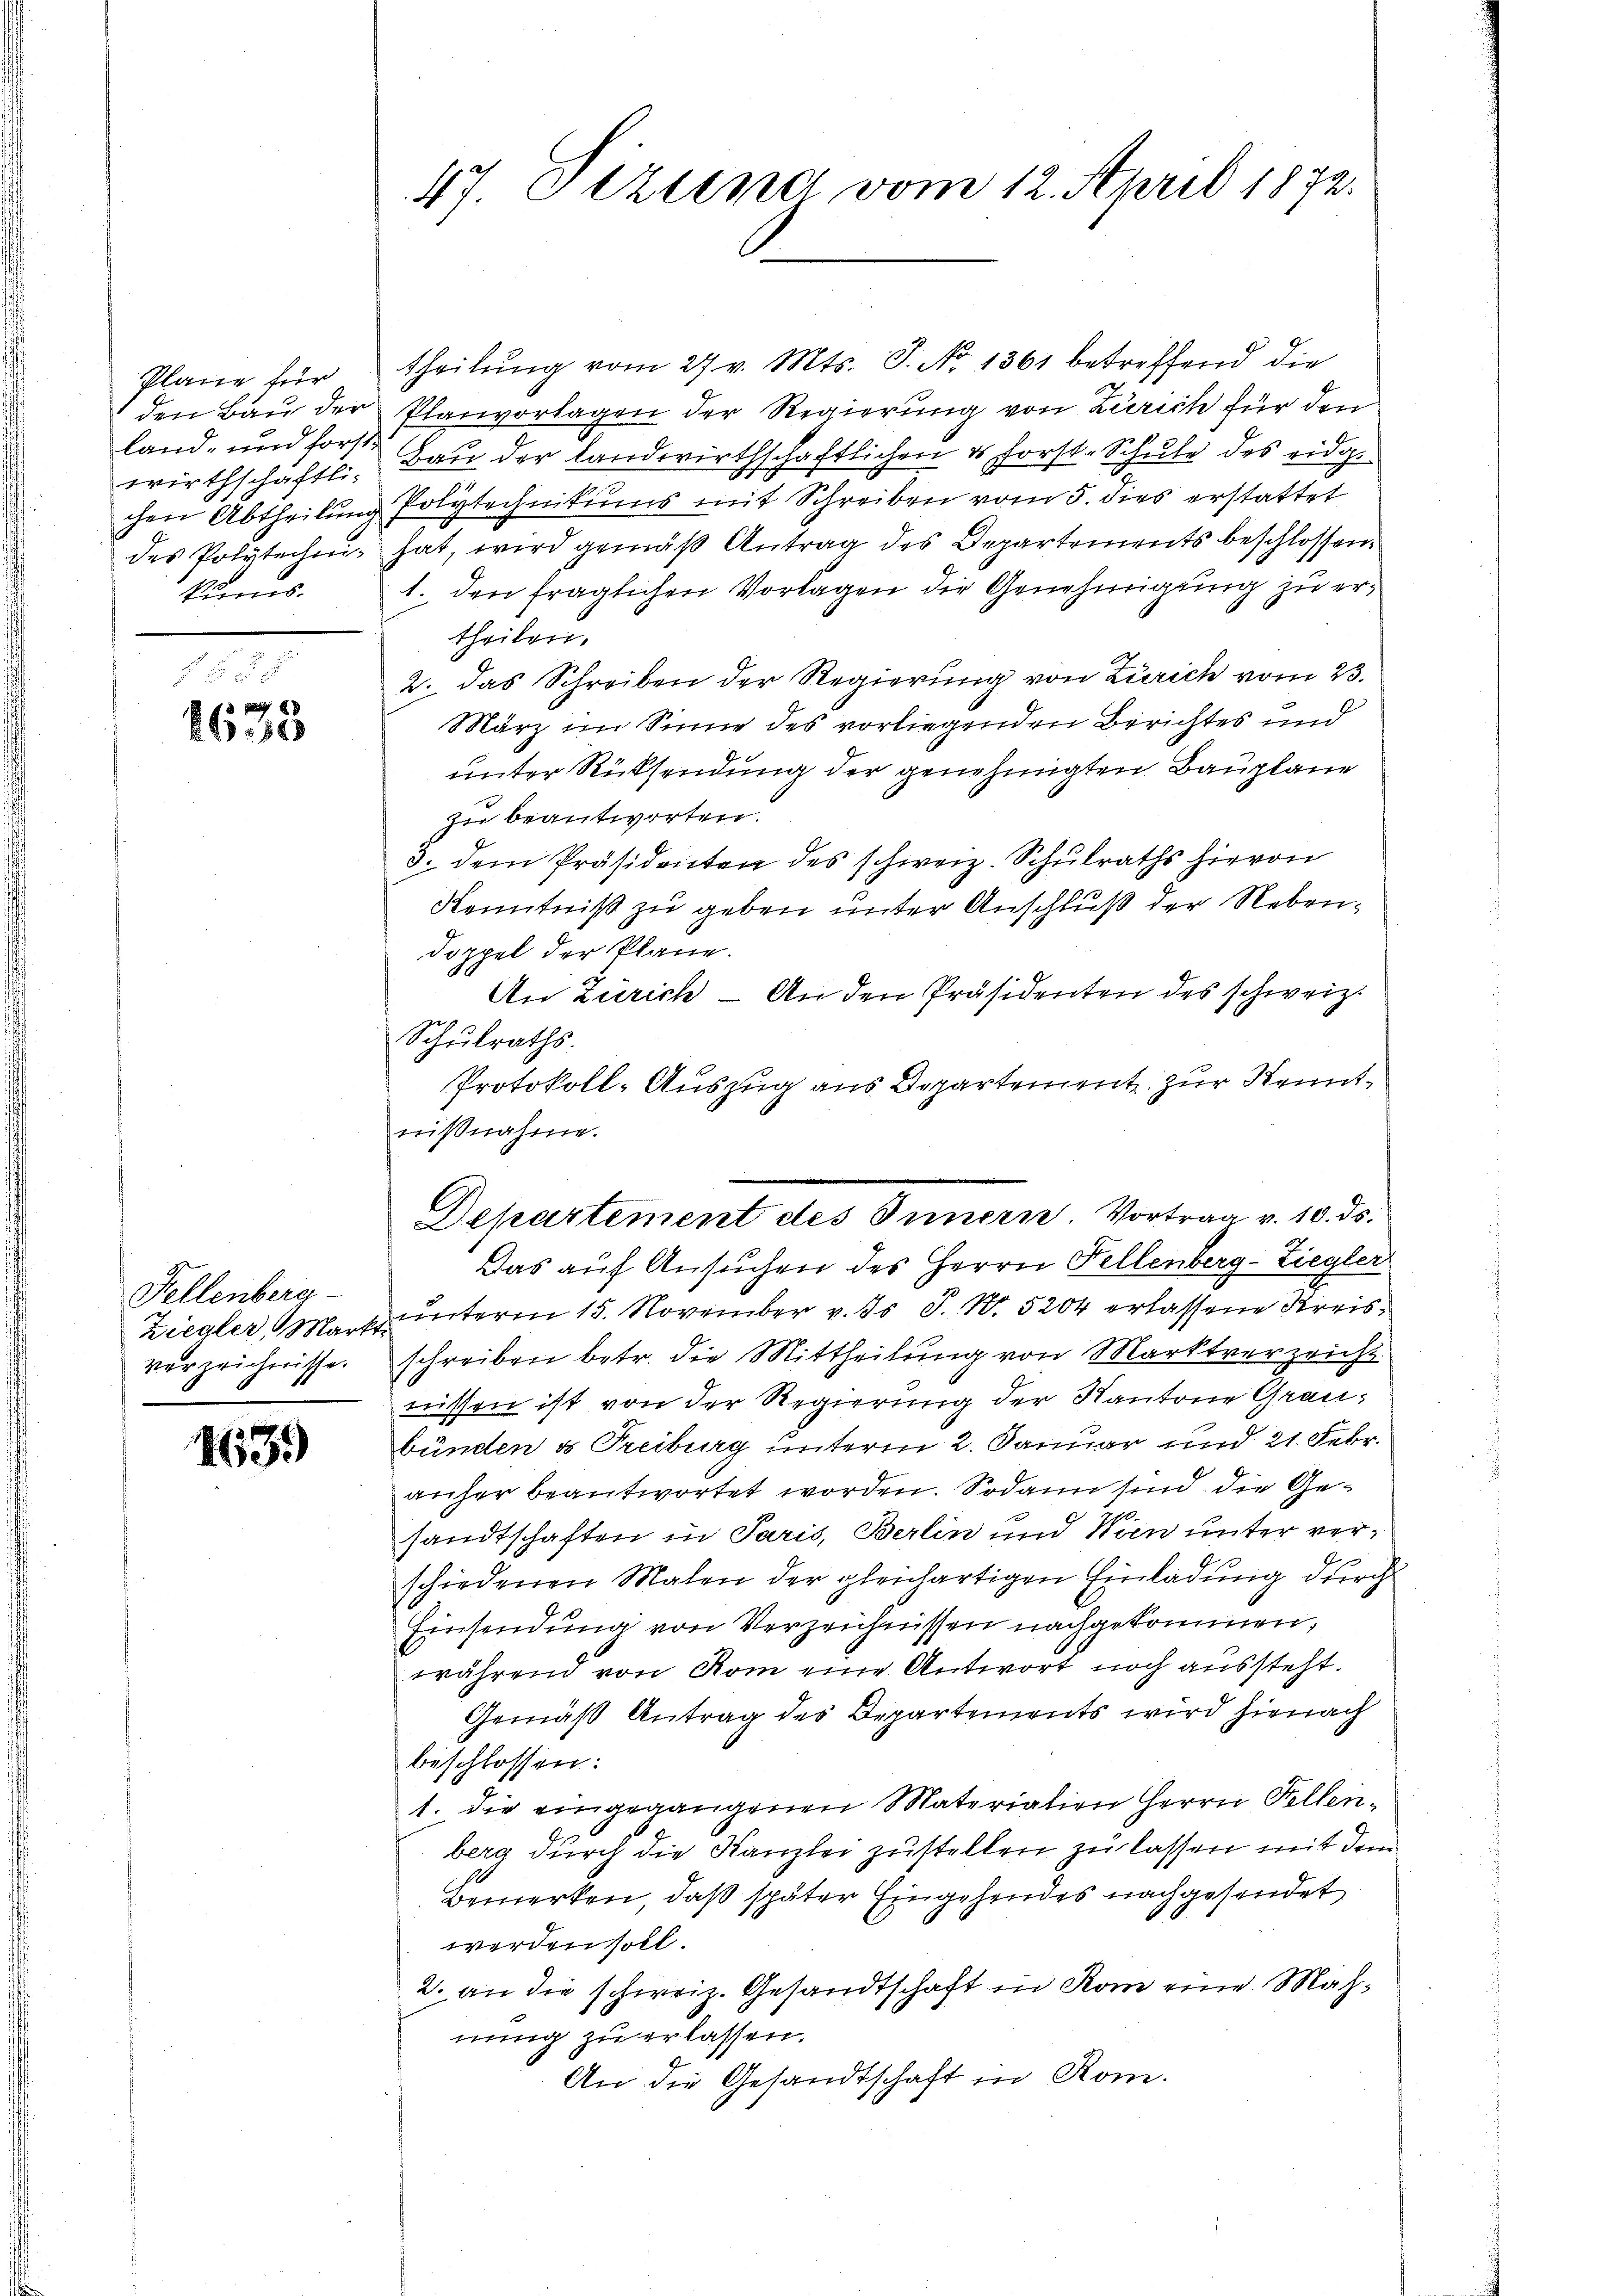
wirthschaftli-
kunns.

2 f 0 x
1633

Plane für theilŭng vom 27. v. Mts. S. Nr. 1361 betreffend die
den Bau der Planvorlagen der Regierung von Zürich für den
land- und forste Gau der Landwirthschaftlichen es Forst-Schule des eidg.
chen Abtheilung Polytechnikums mit Schreiben vom 5. dies erstattet
des Polytechen hat, wird gemäß Antrag des Departements beschlossen,
1. den fraglichen Vorlagen die Genehmigung zu ertheilen,
2. das Schreiben der Regierung von Zürich vom 23.
März im Sinne des vorliegenden Berichtes und
unter Rücksendung der genehmigten Bauplane
zu beantworten.
3. dem Präsidenten des schweiz. Schulraths hievon
Kenntniß zu geben unter Anschluß der Nebendoppel der Pläne.
An Zürich - An den Präsidenten des schweiz.
Schulraths.
Protokoll-Auszug aus Departement zur Kenntnißnahme.
Das auf Ansuchen des Herrn Fellenberg-Ziegler
Ziegler, Mark unterm 15. November v. Js. J. N. 5204 erlassene Kreisverzeichnisse schreiben betr. die Mittheilung von Marktverzeicht
nüssen ist von der Regierung der Kantone Graubünden & Treiburg unterm 2. Januar und 21. Febr.
anher beantwortet worden. Sodann sind die Gesandtschaften in Paris, Berlin und Wien unter verschiedenen Malen der gleichartigen Einladung durch
Einsendung von Verzeichnissen nachgekommen,
während von Rom eine Antwort noch aussteht.
Gemäß Antrag des Departements wird hienach
beschlossen:
1. die eingegangenen Materialien Herrn Fellenberg durch die Kanzlei zustellen zu lassen mit dem
Bemerken, daß später Eingehendes nachgesendet
werden soll.
2. an die schweiz. Gesandtschaft in Rom eine Mahnung zu erlassen.
An die Gesandtschaft in Rom.

z
Fellenberg-

1639

47. Lezten vom 12. April 1872.

Departement des Innern. Vortrag v. 10. ds.